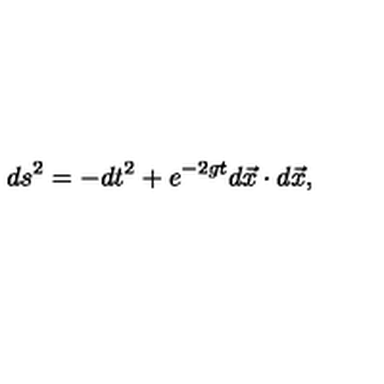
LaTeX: d s ^ { 2 } = - d t ^ { 2 } + e ^ { - 2 g t } d \vec { x } \cdot d \vec { x } ,